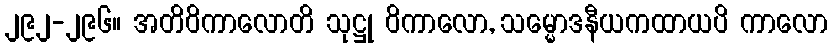
၂၉၂-၂၉၆။ အတိဝိကာလောတိ သုဋ္ဌု ဝိကာလော, သမ္မောဒနီယကထာယပိ ကာလော